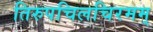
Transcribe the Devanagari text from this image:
तिरुपचिलचिरमम्